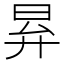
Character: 昪